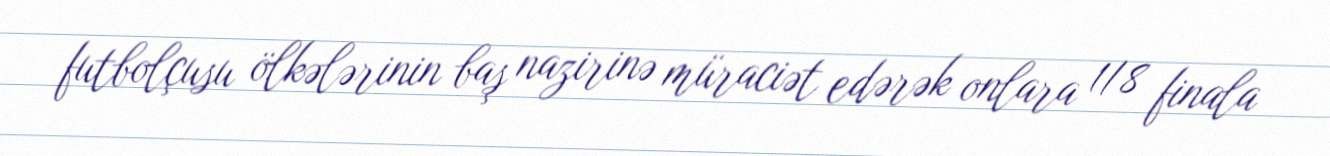
futbolçusu ölkələrinin baş nazirinə müraciət edərək onlara 1/8 finala